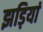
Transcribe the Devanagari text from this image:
झड़ियां